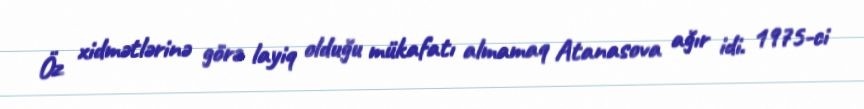
Öz xidmətlərinə görə layiq olduğu mükafatı almamaq Atanasova ağır idi. 1975-ci